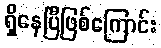
ရှိနေပြီဖြစ်ကြောင်း